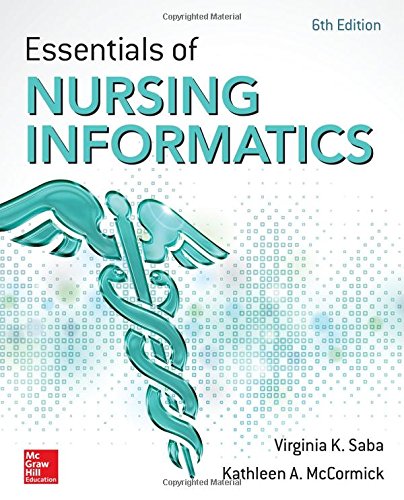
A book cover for Essentials of Nursing Informatics, 6th Edition; Medical Books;